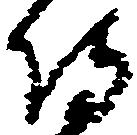
侍